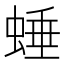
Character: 𧌯